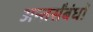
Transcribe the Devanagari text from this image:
अन्तर्संबंधों